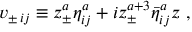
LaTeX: v _ { \pm \, i j } \equiv z _ { \pm } ^ { a } { \eta } _ { i j } ^ { a } + i z _ { \pm } ^ { a + 3 } { \bar { \eta } } _ { i j } ^ { a } z \ ,